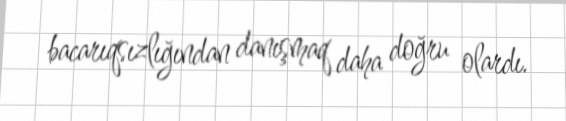
bacarıqsızlığından danışmaq daha doğru olardı.